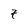
Character: 7